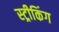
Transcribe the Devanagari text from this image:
स्ट्रीकिंग